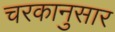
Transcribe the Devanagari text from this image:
चरकानुसार